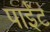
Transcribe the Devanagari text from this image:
पाईंट